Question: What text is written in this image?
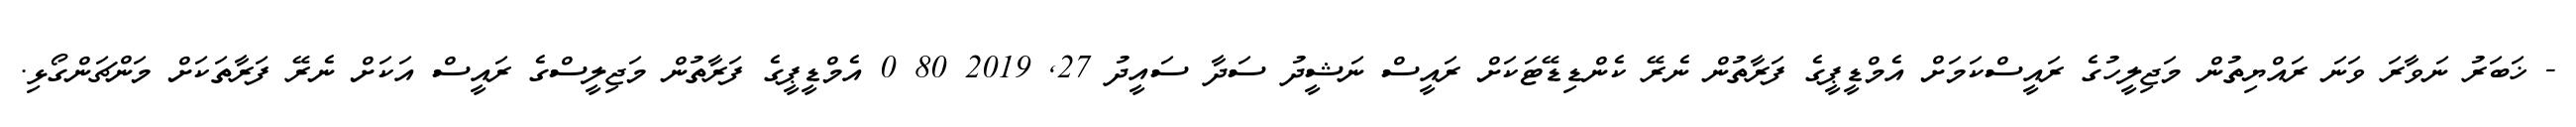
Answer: - ޚަބަރު ނަވާރަ ވަނަ ރައްޔިތުން މަޖިލީހުގެ ރައީސްކަމަށް އެމްޑީޕީގެ ފަރާތުން ނެރޭ ކެންޑިޑޭޓަކަށް ރައީސް ނަޝީދު ސަދާ ސައީދު 27, 2019 80 0 އެމްޑީޕީގެ ފަރާތުން މަޖިލީސްގެ ރައީސް އަކަށް ނެރޭ ފަރާތަކަށް މަންޗަންގޯޅި.